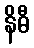
နိဓီ